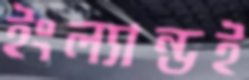
ইংল্যান্ডই